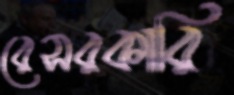
রেসরকারি